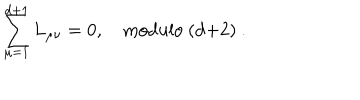
\sum _ { \mu = 1 } ^ { d + 1 } L _ { \mu \nu } = 0 , \quad \mathrm { m o d u l o ~ ( d + 2 ) ~ } .